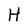
Character: H